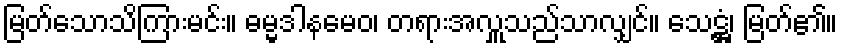
မြတ်သောသိကြားမင်း။ ဓမ္မဒါနမေဝ၊ တရားအလှူသည်သာလျှင်။ သေဋ္ဌံ၊ မြတ်၏။